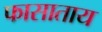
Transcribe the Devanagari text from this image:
फासाताय